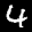
Label: 4